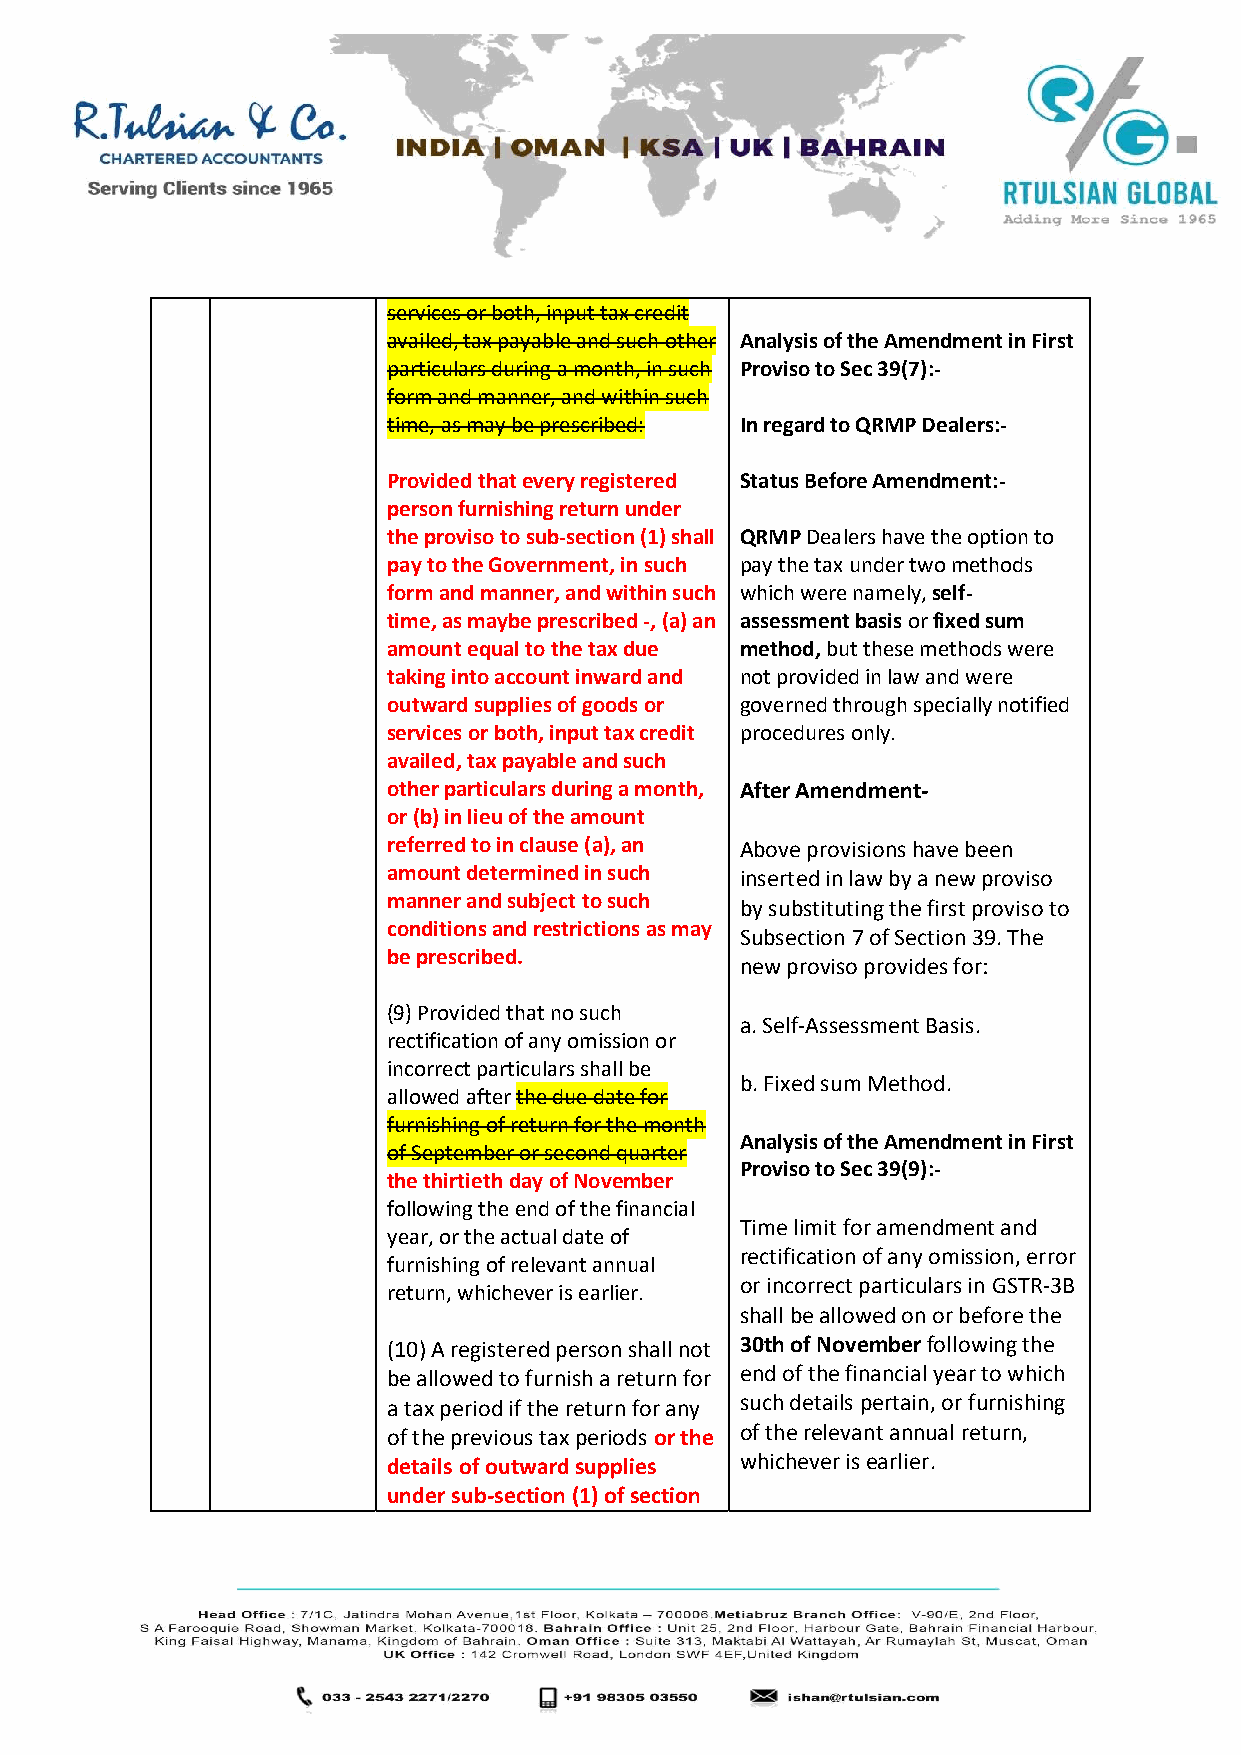
services or both, input tax credit
 availed, tax payable and such other Analysis of the Amendment in First
 particulars during a month, in such Proviso to Sec 39(7):-
 form and manner, and within such
 time, as may be prescribed: In regard to QRMP Dealers:-
 Provided that every registered Status Before Amendment:-
 person furnishing return under
 the proviso to sub-section (1) shall QRMP Dealers have the option to
 pay to the Government, in such pay the tax under two methods
 form and manner, and within such which were namely, self-
 time, as maybe prescribed -, (a) an assessment basis or fixed sum
 amount equal to the tax due method, but these methods were
 taking into account inward and not provided in law and were
 outward supplies of goods or governed through specially notified
 services or both, input tax credit procedures only.
 availed, tax payable and such
 other particulars during a month, After Amendment-
 or (b) in lieu of the amount
 referred to in clause (a), an Above provisions have been
 amount determined in such inserted in law by a new proviso
 manner and subject to such
 by substituting the first proviso to
 conditions and restrictions as may
 Subsection 7 of Section 39. The
 be prescribed.
 new proviso provides for:
 (9) Provided that no such
 a. Self-Assessment Basis.
 rectification of any omission or
 incorrect particulars shall be
 b. Fixed sum Method.
 allowed after the due date for
 furnishing of return for the month
 Analysis of the Amendment in First
 of September or second quarter
 Proviso to Sec 39(9):-
 the thirtieth day of November
 following the end of the financial
 Time limit for amendment and
 year, or the actual date of
 rectification of any omission, error
 furnishing of relevant annual
 or incorrect particulars in GSTR-3B
 return, whichever is earlier.
 shall be allowed on or before the
 (10) A registered person shall not 30th of November following the
 be allowed to furnish a return for end of the financial year to which
 a tax period if the return for any such details pertain, or furnishing
 of the previous tax periods or the of the relevant annual return,
 details of outward supplies whichever is earlier.
 under sub-section (1) of section